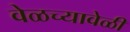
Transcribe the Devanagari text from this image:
वेळच्यावेळी